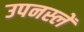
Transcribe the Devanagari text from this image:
उपनस्लें